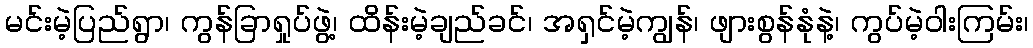
မင်းမဲ့ပြည်ရွာ၊ ကွန်ခြာရှုပ်ဖွဲ့၊ ထိန်းမဲ့ချည်ခင်၊ အရှင်မဲ့ကျွန်၊ ဖျားစွန်နုံနဲ့၊ ကွပ်မဲ့ဝါးကြမ်း၊